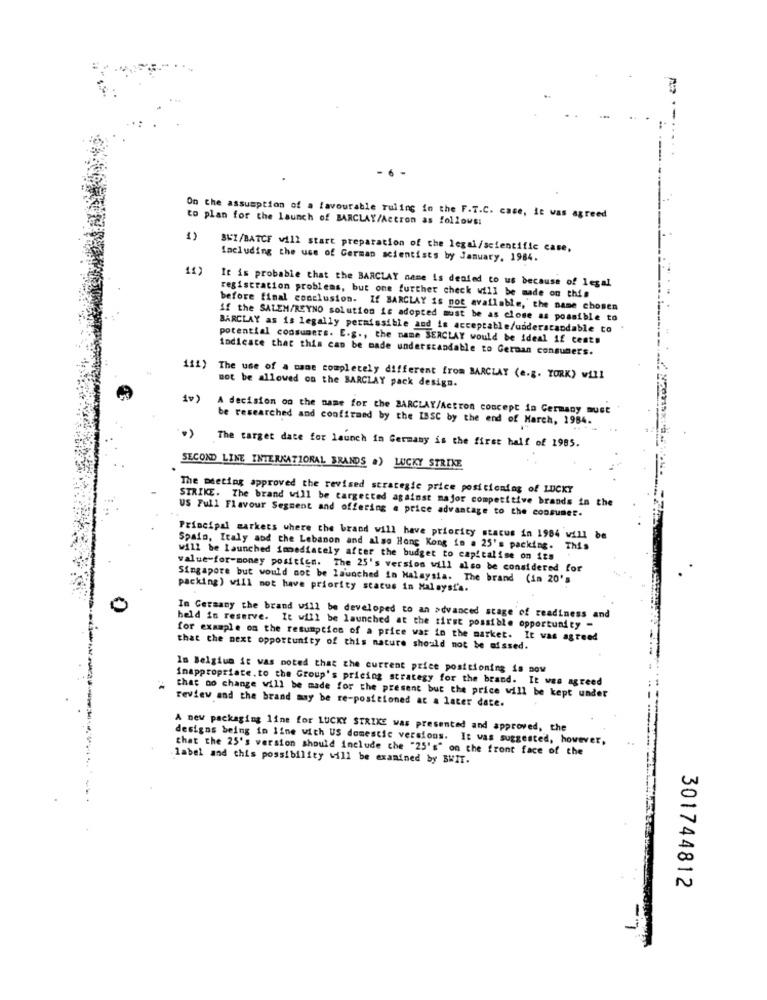
.-
to plan for the launch of BARCLAY/Actron as follows:
On the assumption of a favourable ruling in the F.T.C. case, it was agreed
1)
SUZ/BATCF will start preparation of the legal/scientific case,
Including the use of German scientists by January. 1984.
11)
It is probable that the BARCLAY name is denied to us because of legal
registration problems, but one further check will be made on this
before final conclusion. If BARCLAY is not available, the name chosen
if the SALEM/REYNO solution is adopted must be as close as possible to
BARCLAY as is legally permissible and is acceptable/understandable to
potential consumers. E.g ., the name SERCLAY would be ideal if cent#
indicate that this can be made understandable to German consumers.
111) The use of a mane completely different from BARCLAY (e.g. YORK) will
not be allowed on the BARCLAY pack design.
1v)
A decision on the name for the BARCLAY/Actron concept in Germany must
be researched and confirmed by the ISSC by the end of March, 1984.
The target date for launch in Germany is the first half of 1985.
SECOND LINE INTERNATIONAL BRANDS .) LUCKY STRIKE
The meeting approved the revised strategic price positioning of LUCKY
STRIKE. The brand will be targected against major competitive brands in the
US Full Flavour Segment and offering . price advantage to the consumer.
Principal markets where the brand will have priority stacus in 1984 will be
Spain, Italy and the Lebanon and also Hong Kong in . 25's packing. This
will be launched immediately after the budget to capitalise on its
value-for-money posities. The 25's version will also be considered for
Singapore but would not be launched in Malaysia. The brand (in 20's
packing) will not have priority status in Halaysi's.
In Cersamy the brand will be developed to an advanced stage of readiness and
held in reserve. It will be launched at the first possible opportunity -
for example on the resumption of a price war in the market. It was agreed
that the next opportunity of this nature should not be missed.
In Belgium it was noted that the current price positioning is now
inappropriate.to the Group's pricing strategy for the brand. It was agreed
review and the brand may be re-positioned at a later date.
that no change will be made for the present but the price will be kept under
A new packaging line for LUCKY STRIKE was presented and approved, the
designs being in line with US domestic versions. It was suggested, however,
that the 25's version should include che "25's" on the front face of the
label and this possibility will be examined by BWIT.
301744812